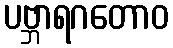
ပဗ္ဘာရဂတောဝ